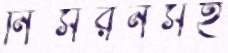
নিসরনসহ